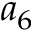
a _ { 6 }